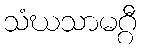
သံဃသာမဂ္ဂီ